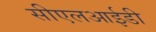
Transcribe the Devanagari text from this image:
सीएलआईडी